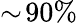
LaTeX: \sim\! 90\%